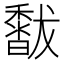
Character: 𥣣